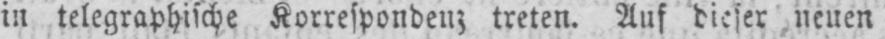
in telegraphische Korrespondenz treten. Auf dieser neuen